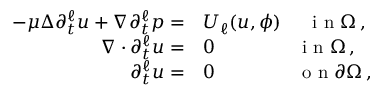
\begin{array} { r l } { - \mu \Delta \partial _ { t } ^ { \ell } u + \nabla \partial _ { t } ^ { \ell } p = } & { U _ { \ell } ( u , \phi ) \quad \ \textrm { i n } \Omega \, , } \\ { \nabla \cdot \partial _ { t } ^ { \ell } u = } & { 0 \qquad \qquad \ \textrm { i n } \Omega \, , } \\ { \partial _ { t } ^ { \ell } u = } & { 0 \qquad \qquad \ \textrm { o n } \partial \Omega \, , } \end{array}